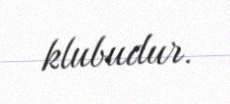
klubudur.